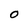
Character: O